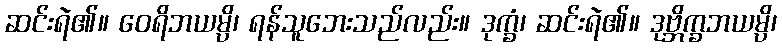
ဆင်းရဲ၏။ ဝေရိဘယမ္ပိ၊ ရန်သူဘေးသည်လည်း။ ဒုက္ခံ၊ ဆင်းရဲ၏။ ဒုဗ္ဘိက္ခဘယမ္ပိ၊